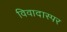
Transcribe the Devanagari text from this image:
विवादास्पर